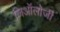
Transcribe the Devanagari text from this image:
जिऑलोजी